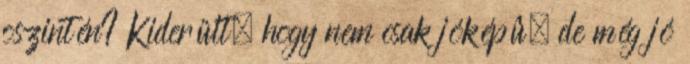
õszintén? Kiderült, hogy nem csak jóképû, de még jó